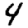
Digit: 4